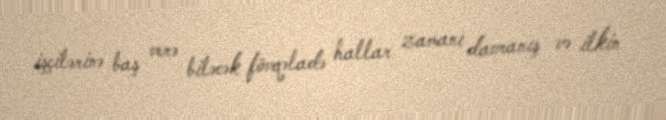
işçilərinə baş verə biləcək fövqəladə hallar zamanı davranış və ilkin